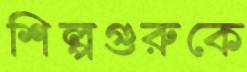
শিল্পগুরুকে